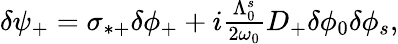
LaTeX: \begin{array}{r}{\delta\psi_{+}=\sigma_{*+}\delta\phi_{+}+i\frac{\Lambda_{0}^{s}}{2\omega_{0}}D_{+}\delta\phi_{0}\delta\phi_{s},}\end{array}